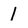
Character: l